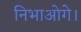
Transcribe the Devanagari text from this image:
निभाओगे।